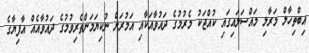
އިބްތިހާލް މަރާލި މައްސަލައިގައި ކުއްޖަކު މެރުމުގެ ދައުވާއަކާއި އަމުރަށް ނުކިޔަމަންތެރިވުމުގެ ދައުވާއެއް އާފިޔާގެ